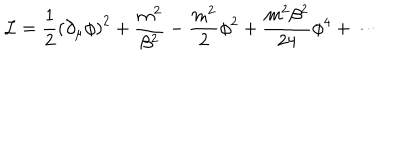
{ \cal L } = { \frac { 1 } { 2 } } \left( \partial _ { \mu } \phi \right) ^ { 2 } + { \frac { m ^ { 2 } } { \beta ^ { 2 } } } - { \frac { m ^ { 2 } } { 2 } } \phi ^ { 2 } + { \frac { m ^ { 2 } \beta ^ { 2 } } { 2 4 } } \phi ^ { 4 } + \cdots